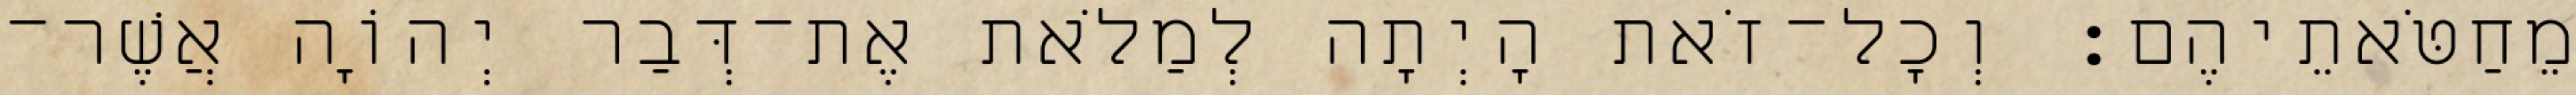
מֵחַטֹּאתֵיהֶם׃ וְכָל־זֹאת הָיְתָה לְמַלֹאת אֶת־דְּבַר יְהוָֹה אֲשֶׁר־